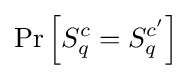
\Pr \left[S_{q}^{c}=S_{q}^{c'}\right]